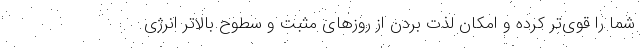
شما را قوی‌تر کرده و امکان لذت بردن از روزهای مثبت و سطوح بالاتر انرژی